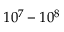
1 0 ^ { 7 } - 1 0 ^ { 8 }